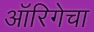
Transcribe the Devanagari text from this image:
ऑरिगेचा